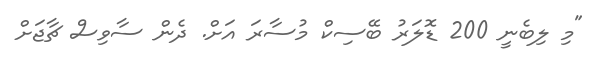
"މި ލިބެނީ 200 ޑޮލަރު ބޭސިކް މުސާރަ އަށް. ދެން ސާވިސް ޗާޖަށް